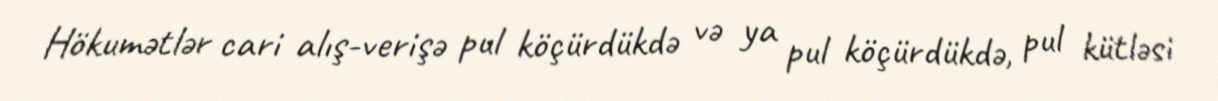
Hökumətlər cari alış-verişə pul köçürdükdə və ya pul köçürdükdə, pul kütləsi